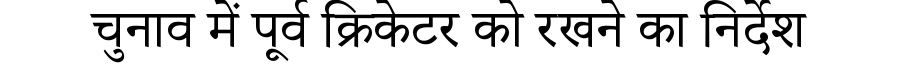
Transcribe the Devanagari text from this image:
चुनाव में पूर्व क्रिकेटर को रखने का निर्देश